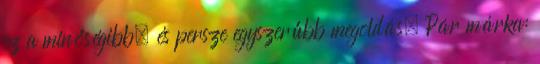
ez a minőségibb, és persze egyszerűbb megoldás. Pár márka: